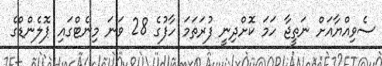
ސެވިއްޔާއަށް ނަތީޖާ ހަމަ ކޮށްދިނީ ފުރަތަމަ ހާފުގެ 28 ވަނަ މިނެޓްގައި ޕޮލެންޑްގެ